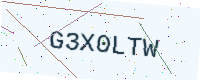
Text: G3X0LTW